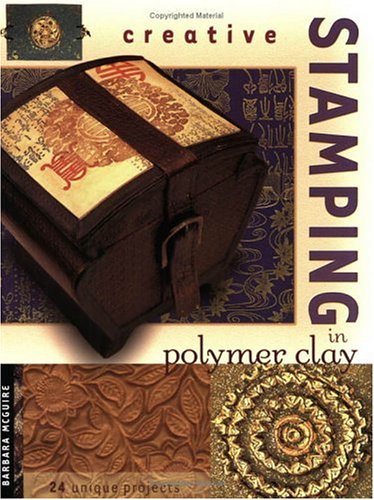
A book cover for Creative Stamping in Polymer Clay; Barbara McGuire; Crafts, Hobbies & Home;